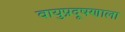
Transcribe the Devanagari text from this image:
वायुप्रदूषणाला